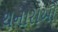
થનારાઓ